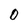
Character: 0